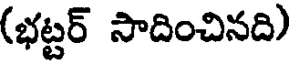
(భట్టర్ సాదించినది)